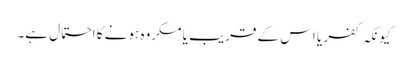
کیونکہ کفر یا اس کے قریب یا مکروہ ہونے کا احتمال ہے۔